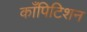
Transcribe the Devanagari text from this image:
काँपिटिशन